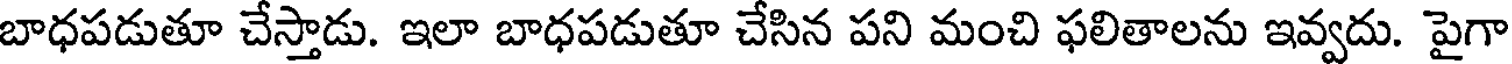
బాధపడుతూ చేస్తాడు. ఇలా బాధపడుతూ చేసిన పని మంచి ఫలితాలను ఇవ్వదు. పైగా